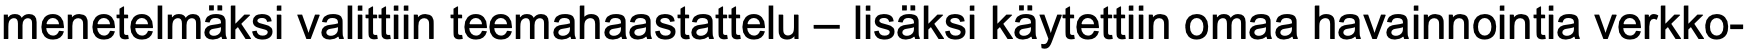
menetelmäksi valittiin teemahaastattelu – lisäksi käytettiin omaa havainnointia verkko-